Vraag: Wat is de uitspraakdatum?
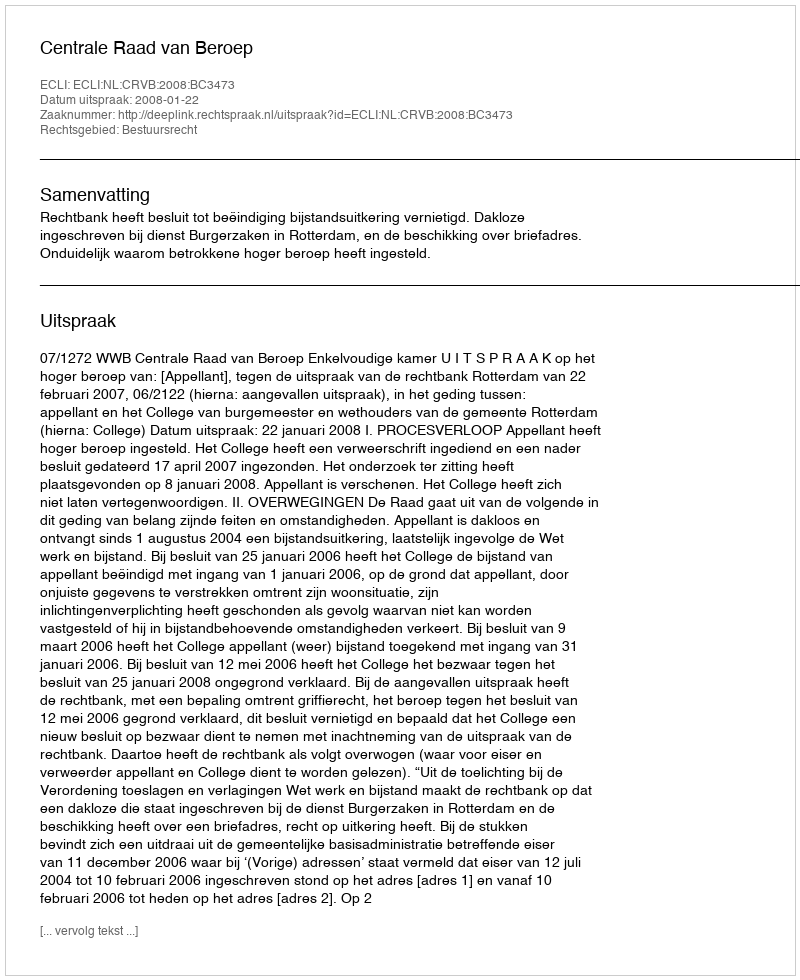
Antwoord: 2008-01-22